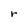
Character: r